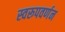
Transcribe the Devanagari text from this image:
स्वरूपवर्णन